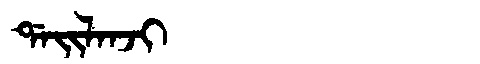
Manchu: ᡩᠠᡳᠯᠠᠨᠵᡳ
Romanization: DAILANJI